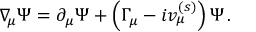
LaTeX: \nabla _ { \! \mu } \Psi = \partial _ { \mu } \Psi + \left( \Gamma _ { \mu } - i v _ { \mu } ^ { ( s ) } \right) \Psi \, .